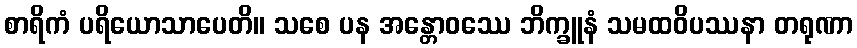
စာရိကံ ပရိယောသာပေတိ။ သစေ ပန အန္တောဝဿေ ဘိက္ခူနံ သမထဝိပဿနာ တရုဏာ